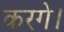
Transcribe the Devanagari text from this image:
करगे।